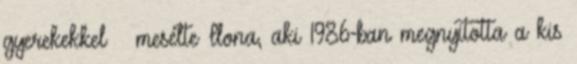
gyerekekkel – mesélte Ilona, aki 1986-ban megnyitotta a kis